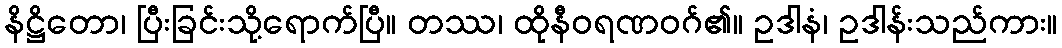
နိဋ္ဌိတော၊ ပြီးခြင်းသို့ရောက်ပြီ။ တဿ၊ ထိုနီဝရဏဝဂ်၏။ ဥဒါနံ၊ ဥဒါန်းသည်ကား။